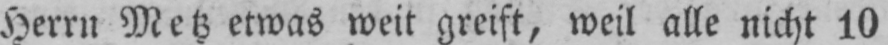
Herrn Metz etwas weit greift, weil alle nicht 10